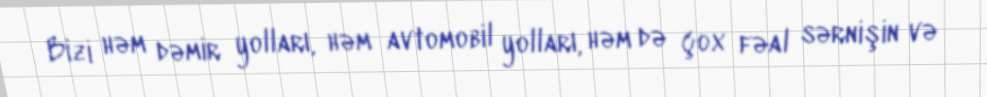
Bizi həm dəmir yolları, həm avtomobil yolları, həm də çox fəal sərnişin və